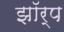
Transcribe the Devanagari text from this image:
झॉर्प